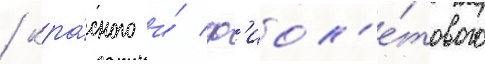
/ кра́сного и́ ф'иол'е́тового